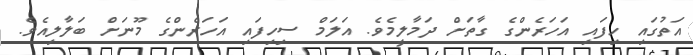
އަތުގައި ހިފައި އަހަރެންގެ ގާތަށް ދަމާލީމެވެ. އަލަމް ސިހިފައި އަހަރެންގެ މޫނަށް ބަލާލިއެވެ.